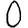
Digit: 0